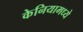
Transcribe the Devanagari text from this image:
केनियामध्ये